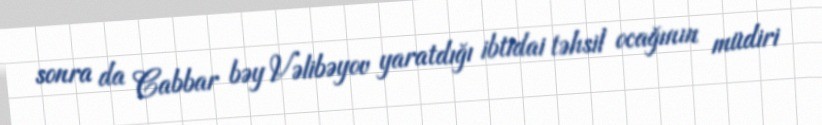
sonra da Cabbar bəy Vəlibəyov yaratdığı ibtidai təhsil ocağının müdiri